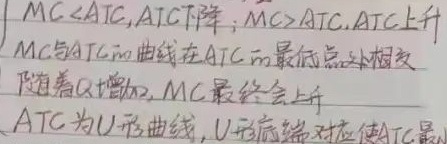
当 \(MC < ATC\) 时，\(ATC\) 下降；当 \(MC>ATC\) 时，\(ATC\) 上升。\(MC\) 与 \(ATC\) 的曲线在 \(ATC\) 的最低点处相交。随着 \(Q\) 增加，\(MC\) 最终会上升。\(ATC\) 为 \(U\) 形曲线，\(U\) 底端对应使 \(ATC\) 最小的点。